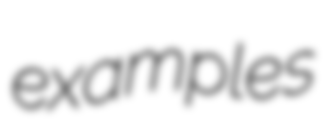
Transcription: examples